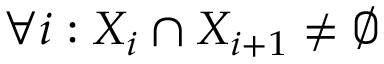
\forall i : X _ { i } \cap X _ { i + 1 } \neq \emptyset